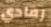
رمادي